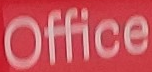
Office